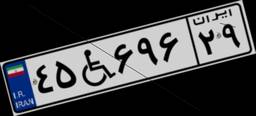
۴۵W۶۹۶۲۹